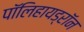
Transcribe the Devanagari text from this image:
पॉलिहायड्रॉन